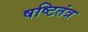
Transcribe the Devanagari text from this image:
षष्टितंत्र